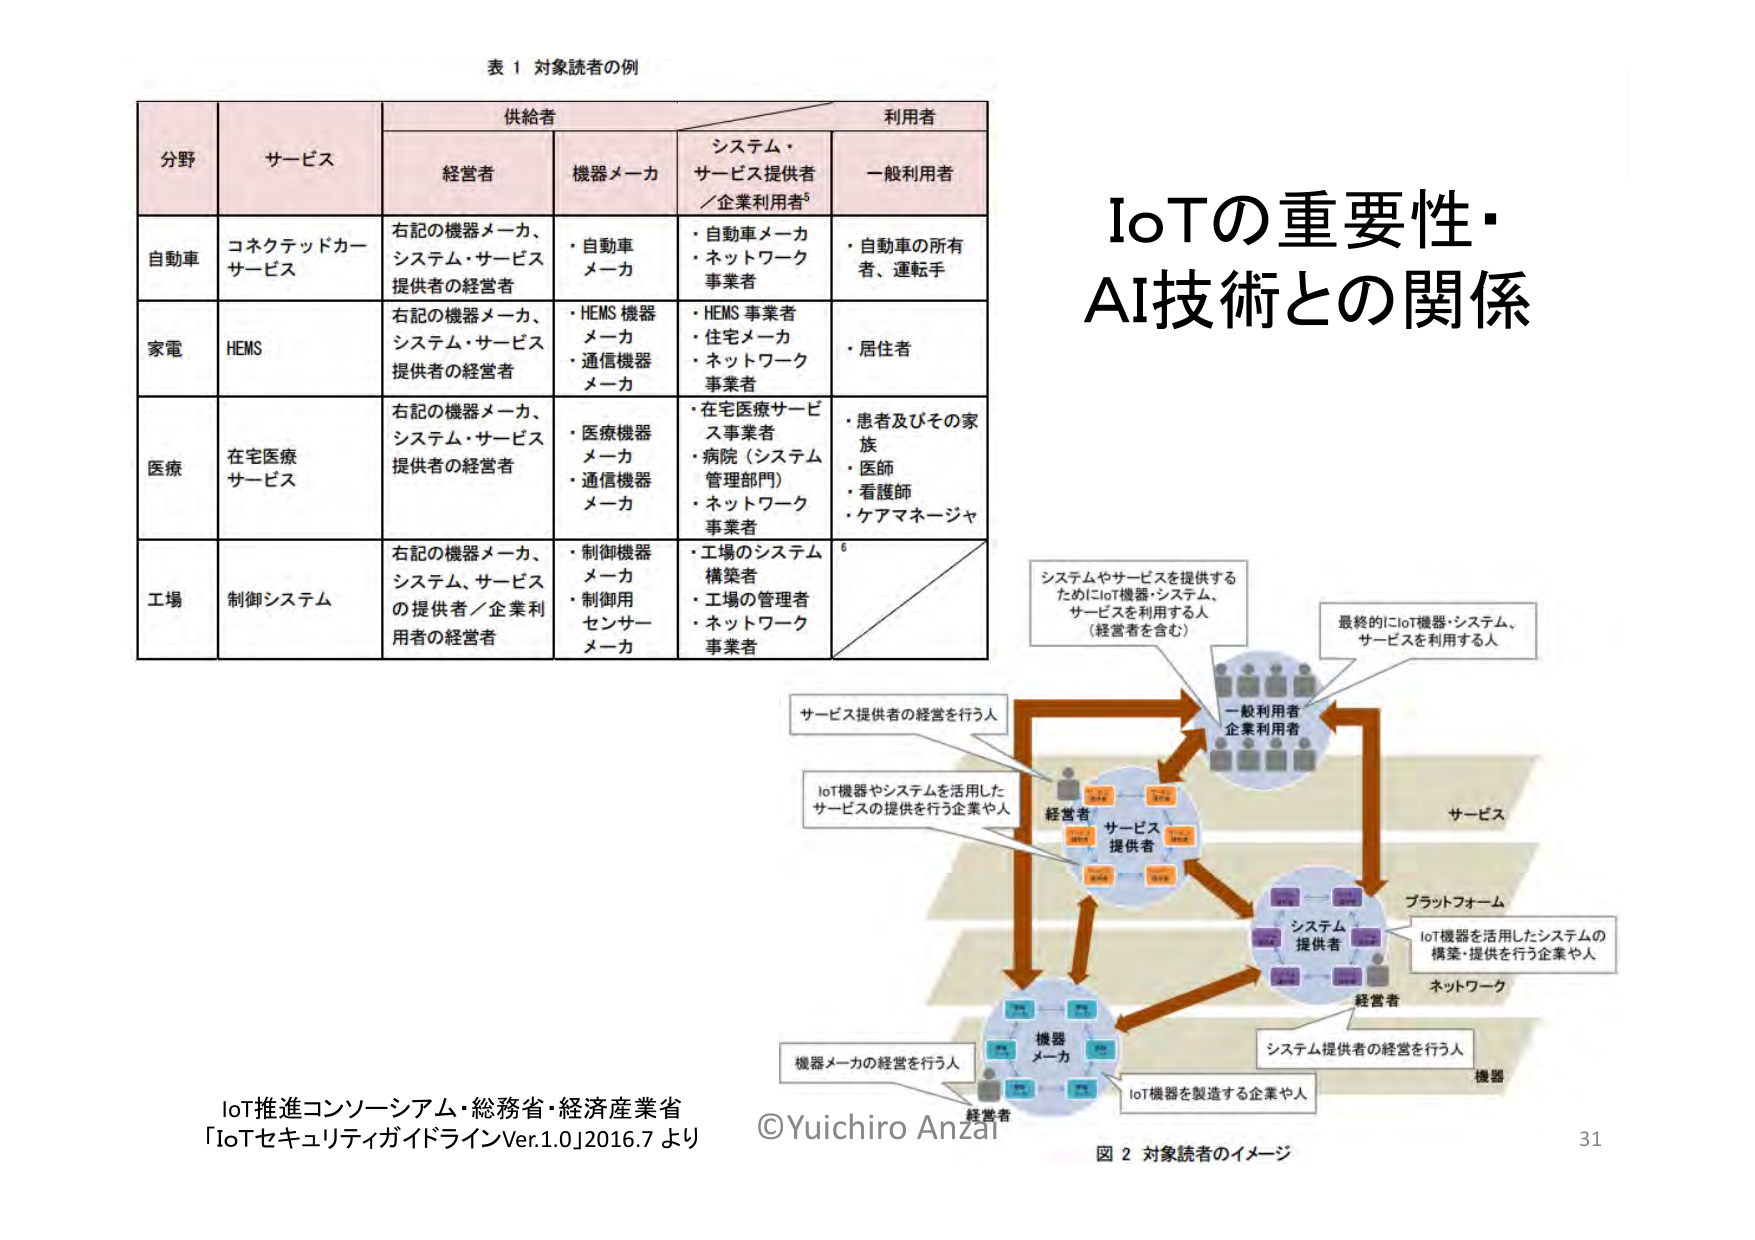
表 1 対象読者の例

分野 サービス 供給者 利用者
　　　　　　　経営者 機器メーカ システム・サービス提供者／企業利用者⁵ 一般利用者

自動車 コネクテッドカーサービス 右記の機器メーカ、システム・サービス提供者の経営者 ・自動車メーカ ・自動車メーカ ・ネットワーク事業者 ・自動車の所有者、運転手

家電 HEMS 右記の機器メーカ、システム・サービス提供者の経営者 ・HEMS 機器メーカ ・通信機器メーカ ・HEMS 事業者 ・住宅メーカ ・ネットワーク事業者 ・居住者

医療 在宅医療サービス 右記の機器メーカ、システム・サービス提供者の経営者 ・医療機器メーカ ・通信機器メーカ ・在宅医療サービス事業者 ・病院（システム管理部門） ・ネットワーク事業者 ・患者及びその家族 ・医師 ・看護師 ・ケアマネージャ

工場 制御システム 右記の機器メーカ、システム、サービスの提供者／企業利用者の経営者 ・制御機器メーカ ・制御用センサーメーカ ・工場のシステム構築者 ・工場の管理者 ・ネットワーク事業者

IoTの重要性・AI技術との関係

システムやサービスを提供するためにIoT機器・システム、サービスを利用する人（経営者を含む）
最終的にIoT機器・システム、サービスを利用する人

サービス提供者の経営を行う人
IoT機器やシステムを活用したサービスの提供を行う企業や人
経営者
サービス提供者
一般利用者
企業利用者
サービス
プラットフォーム
IoT機器を活用したシステムの構築・提供を行う企業や人
システム提供者
経営者
ネットワーク
機器メーカの経営を行う人
機器メーカ
IoT機器を製造する企業や人
経営者
システム提供者の経営を行う人
機器

IoT推進コンソーシアム・総務省・経済産業省
「IoTセキュリティガイドラインVer.1.0」2016.7 より
©Yuichiro Anzai
図 2 対象読者のイメージ
31